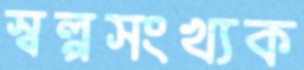
স্বল্পসংখ্যক